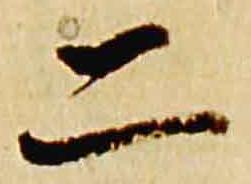
二